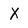
Character: X